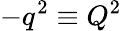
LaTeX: -q^{2}\equiv Q^{2}